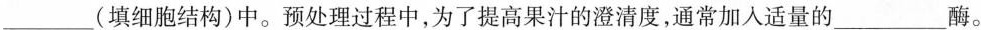
___(填细胞结构)中。预处理过程中，为了提高果汁的澄清度，通常加入适量的___酶。